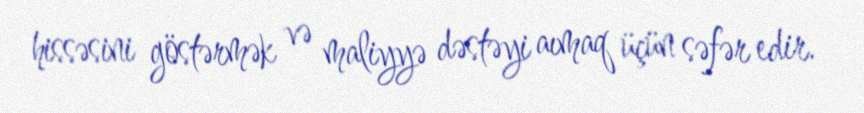
hissəsini göstərmək və maliyyə dəstəyi aımaq üçün səfər edir.